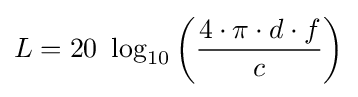
L=20\ \log _{10}\left({\frac {4\cdot \pi \cdot d\cdot f}{c}}\right)